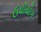
ઉપીયોગ